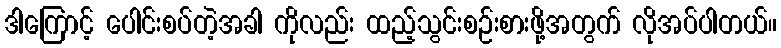
ဒါကြောင့် ပေါင်းစပ်တဲ့အခါ ကိုလည်း ထည့်သွင်းစဉ်းစားဖို့အတွက် လိုအပ်ပါတယ်။